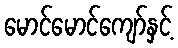
မောင်မောင်ကျော်နှင့်